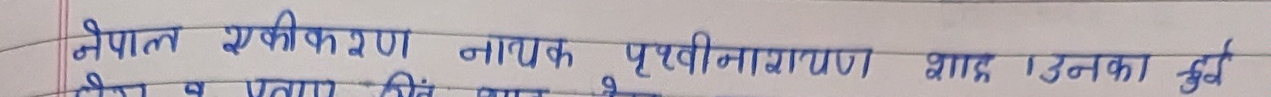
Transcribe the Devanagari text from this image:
नेपाल एकीकरण नामक पृथ्वीनारायण शाह । उनका कुर्वै